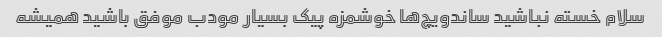
سلام خسته نباشید ساندویچ‌ها خوشمزه پیک بسیار مودب موفق باشید همیشه